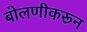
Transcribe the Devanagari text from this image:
बोलणीकरून